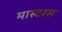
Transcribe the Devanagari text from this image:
मास्टरस